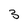
Character: 3